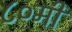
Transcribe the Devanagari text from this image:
८०मी